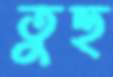
তুহু